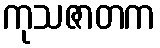
ကုသဇာတက